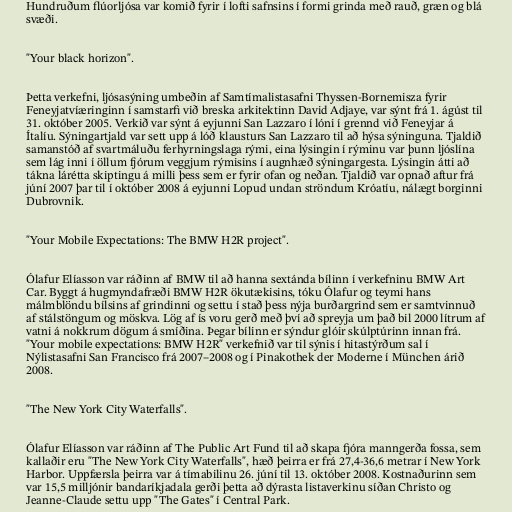
Hundruðum flúorljósa var komið fyrir í lofti safnsins í formi grinda með rauð, græn og blá
svæði.

"Your black horizon".

Þetta verkefni, ljósasýning umbeðin af Samtímalistasafni Thyssen-Bornemisza fyrir
Feneyjatvíæringinn í samstarfi við breska arkitektinn David Adjaye, var sýnt frá 1. ágúst til
31. október 2005. Verkið var sýnt á eyjunni San Lazzaro í lóni í grennd við Feneyjar á
Ítalíu. Sýningartjald var sett upp á lóð klausturs San Lazzaro til að hýsa sýninguna. Tjaldið
samanstóð af svartmáluðu ferhyrningslaga rými, eina lýsingin í rýminu var þunn ljóslína
sem lág inni í öllum fjórum veggjum rýmisins í augnhæð sýningargesta. Lýsingin átti að
tákna lárétta skiptingu á milli þess sem er fyrir ofan og neðan. Tjaldið var opnað aftur frá
júní 2007 þar til í október 2008 á eyjunni Lopud undan ströndum Króatíu, nálægt borginni
Dubrovnik.

"Your Mobile Expectations: The BMW H2R project".

Ólafur Elíasson var ráðinn af BMW til að hanna sextánda bílinn í verkefninu BMW Art
Car. Byggt á hugmyndafræði BMW H2R ökutækisins, tóku Ólafur og teymi hans
málmblöndu bílsins af grindinni og settu í stað þess nýja burðargrind sem er samtvinnuð
af stálstöngum og möskva. Lög af ís voru gerð með því að spreyja um það bil 2000 lítrum af
vatni á nokkrum dögum á smíðina. Þegar bílinn er sýndur glóir skúlptúrinn innan frá.
"Your mobile expectations: BMW H2R" verkefnið var til sýnis í hitastýrðum sal í
Nýlistasafni San Francisco frá 2007–2008 og í Pinakothek der Moderne í München árið
2008.

"The New York City Waterfalls".

Ólafur Elíasson var ráðinn af The Public Art Fund til að skapa fjóra manngerða fossa, sem
kallaðir eru "The New York City Waterfalls", hæð þeirra er frá 27,4-36,6 metrar í New York
Harbor. Uppfærsla þeirra var á tímabilinu 26. júní til 13. október 2008. Kostnaðurinn sem
var 15,5 milljónir bandaríkjadala gerði þetta að dýrasta listaverkinu síðan Christo og
Jeanne-Claude settu upp "The Gates" í Central Park.